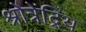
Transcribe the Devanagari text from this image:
श्रोत्रेंद्रिय